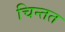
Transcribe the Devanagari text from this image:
चिन्तत